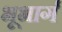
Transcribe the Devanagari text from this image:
भूभार्ग